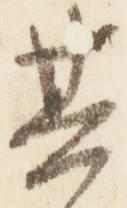
其